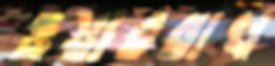
ওয়াররাখ